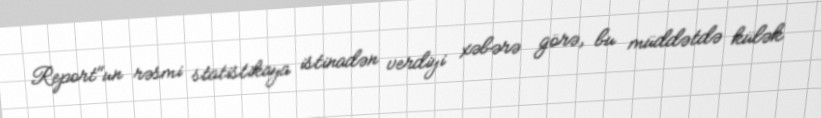
Report"un rəsmi statistikaya istinadən verdiyi xəbərə görə, bu müddətdə külək